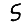
Digit: 5